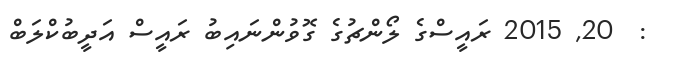
:  20